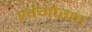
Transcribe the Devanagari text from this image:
खंगोरात